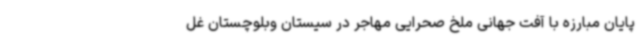
پایان مبارزه با آفت جهانی ملخ صحرایی مهاجر در سیستان وبلوچستان غل